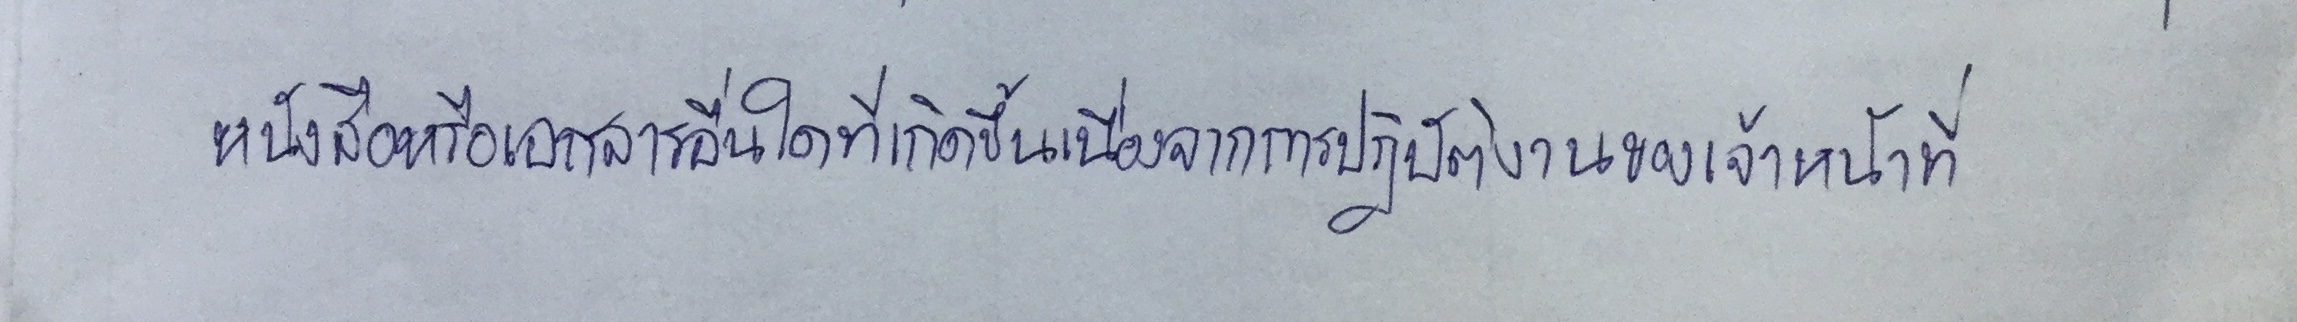
หนังสือหรือเอกสารอื่นใดที่เกิดขึ้นเนื่องจากการปฏิบัติงานของเจ้าหน้าที่